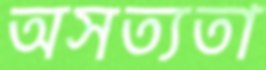
অসত্যতা